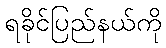
ရခိုင်ပြည်နယ်ကို